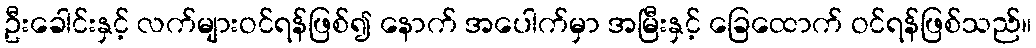
ဦးခေါင်းနှင့် လက်များဝင်ရန်ဖြစ်၍ နောက် အပေါက်မှာ အမြီးနှင့် ခြေထောက် ဝင်ရန်ဖြစ်သည်။